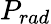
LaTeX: P_{rad}